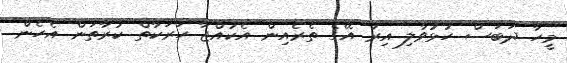
މީހާ ދަބަސް ހުޅުވާލި އިރު އޭގެ ތެރެއިން އެކުއްޖާ ހަރަކާތް ކުރާތަން އެހެން